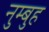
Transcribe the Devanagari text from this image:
नुम्बुह